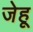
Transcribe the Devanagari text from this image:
जेहू